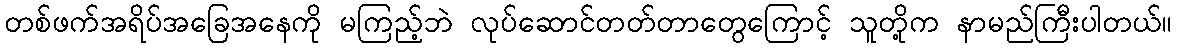
တစ်ဖက်အရိပ်အခြေအနေကို မကြည့်ဘဲ လုပ်ဆောင်တတ်တာတွေကြောင့် သူတို့က နာမည်ကြီးပါတယ်။